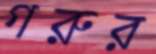
গরুর